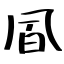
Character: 凮